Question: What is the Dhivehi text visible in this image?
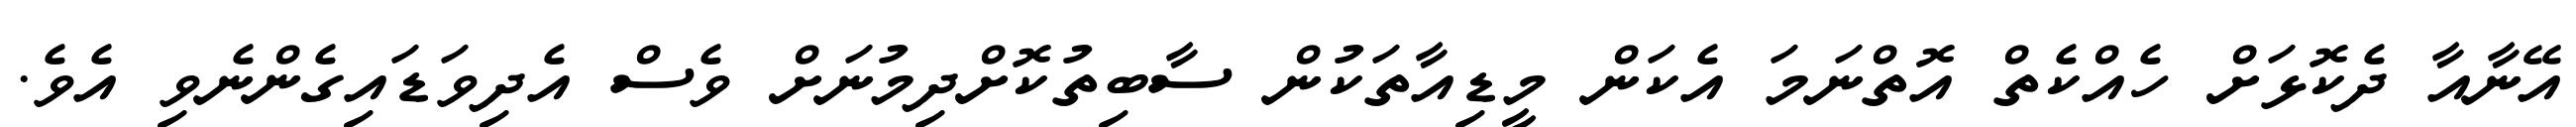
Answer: އޭނާއާ ދެކޮޅަށް ހެއްކެތް އޮތްނަމަ އެކަން މީޑިއާތަކުން ސާބިތުކޮށްދިމުނަށް ވެސް އެދިވަޑައިގެންނެވި އެވެ.